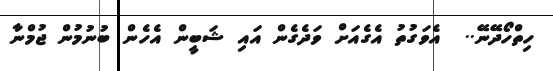
ހިތްހޯދޭނޭ..  އެވަގުތު އެގެއަށް ވަދެގެން އައި ޝަބީން އެހެން ބުނުމުން ޖުމްނާ